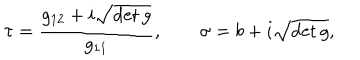
\tau = \frac { g _ { 1 2 } + i \sqrt { \det g } } { g _ { 1 1 } } , \qquad \sigma = b + i \textstyle \sqrt { \det g } ,